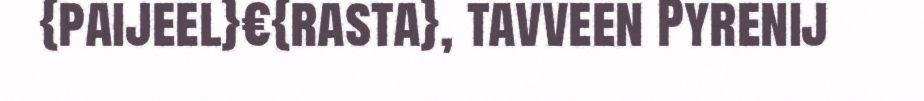
{paijeel}€{rasta}, tavveen Pyrenij